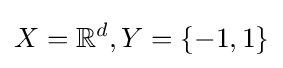
X=\mathbb {R} ^{d},Y=\{-1,1\}